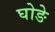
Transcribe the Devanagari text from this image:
घोङे